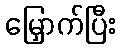
မြှောက်ပြီး